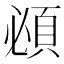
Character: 𬱂